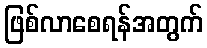
ဖြစ်လာစေရန်အတွက်